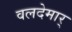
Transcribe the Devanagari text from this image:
वलदेमार्